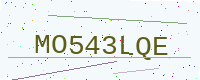
Text: MO543LQE